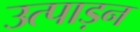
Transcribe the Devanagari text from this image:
उत्पाड़न